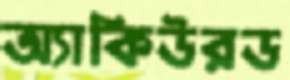
অ্যাকিউরড